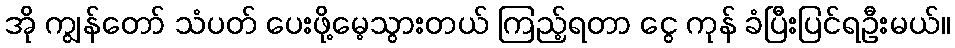
အို ကျွန်တော် သံပတ် ပေးဖို့မေ့သွားတယ် ကြည့်ရတာ ငွေ ကုန် ခံပြီးပြင်ရဦးမယ်။